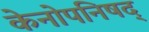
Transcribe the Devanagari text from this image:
केनोपनिषद्